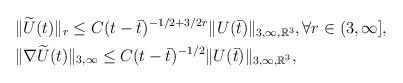
LaTeX: \begin{align*}&\|\widetilde U(t)\|_r\leq C(t-\bar t)^{-1/2+3/2r}\|U(\bar t)\|_{3,\infty,\mathbb R^3}, \forall r\in (3,\infty], \\&\|\nabla \widetilde U(t)\|_{3,\infty}\leq C(t-\bar t)^{-1/2}\|U(\bar t)\|_{3,\infty,\mathbb R^3},\end{align*}